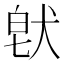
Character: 𤟀